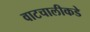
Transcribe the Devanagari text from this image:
वाटचालीकडे